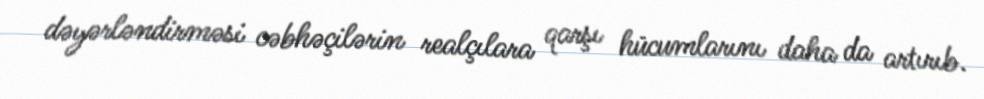
dəyərləndirməsi cəbhəçilərin realçılara qarşı hücumlarını daha da artırıb.